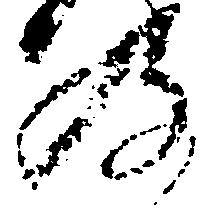
及